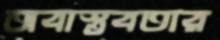
অবাস্তবতার